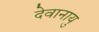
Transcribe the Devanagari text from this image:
देवानायु